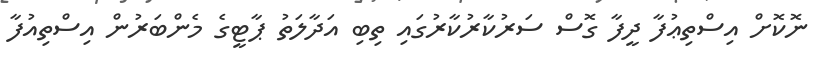
ނޮކޮށް އިސްތިޢުފާ ދީފާ ގޮސް ސަރުކާރުކާރުގައި ތިބި އަދާލަތު ޕާޓީގެ މެންބަރުން އިސްތިއުފާ